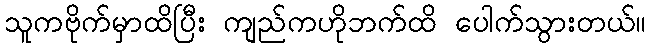
သူကဗိုက်မှာထိပြီး ကျည်ကဟိုဘက်ထိ ပေါက်သွားတယ်။